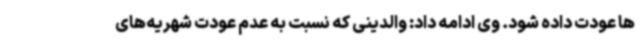
ها عودت داده شود. وی ادامه داد: والدینی که نسبت به عدم عودت شهریه‌های